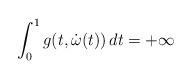
LaTeX: \begin{align*}\int_0^1g(t,\dot\omega(t))\,dt = +\infty \end{align*}